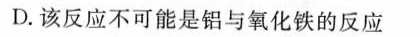
D.该反应不可能是铝与氧化铁的反应